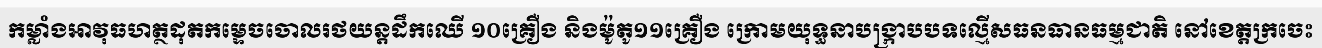
កម្លាំងអាវុធហត្ថដុតកម្ទេចចោលរថយន្តដឹកឈើ ១០គ្រឿង និងម៉ូតូ១១គ្រឿង ក្រោមយុទ្ធនាបង្ក្រាបបទល្មើសធនធានធម្មជាតិ នៅខេត្តក្រចេះ